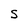
Character: S